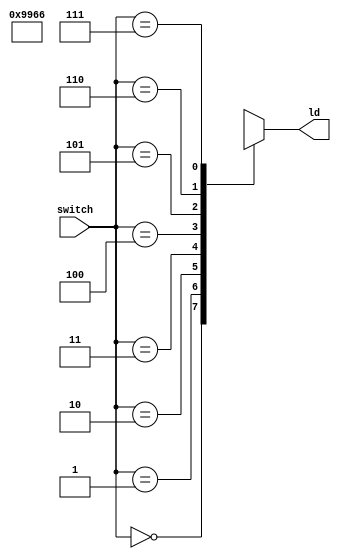
module s2l(
    input wire [2:0] switch, // 3 input switches
    output wire [7:0] ld // 8 LEDs
);

reg [7:0] registers [0:7]; // Array of 8 registers
reg [7:0] led;
always @* begin
    // Use the value of the switch to select the register
	 registers[0] <= 8'b10011001;
	 registers[1] <= 8'b01100110;
    case(switch)
        3'b000: led = registers[0];
        3'b001: led = registers[1];
        3'b010: led = registers[2];
        3'b011: led = registers[3];
        3'b100: led = registers[4];
        3'b101: led = registers[5];
        3'b110: led = registers[6];
        3'b111: led = registers[7];
        default: led = 8'b00000000; // Default case
    endcase
end


assign ld = led;
endmodule